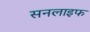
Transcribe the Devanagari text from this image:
सनलाइफ